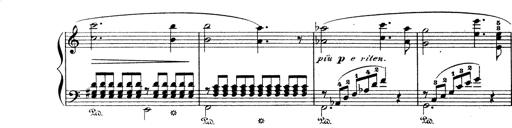
Title: Wagner-Liszt Album
Composer: Franz Liszt